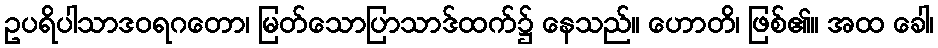
ဥပရိပါသာဒဝရဂတော၊ မြတ်သောပြာသာဒ်ထက်၌ နေသည်။ ဟောတိ၊ ဖြစ်၏။ အထ ခေါ၊